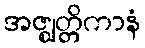
အဇ္ဈတ္တိကာနံ